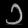
Digit: ၁